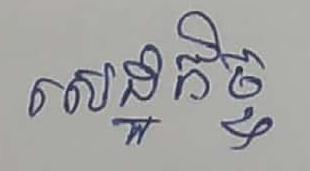
សេដ្ឋកិច្ច